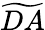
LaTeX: \widetilde{DA}